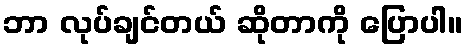
ဘာ လုပ်ချင်တယ် ဆိုတာကို ပြောပါ။